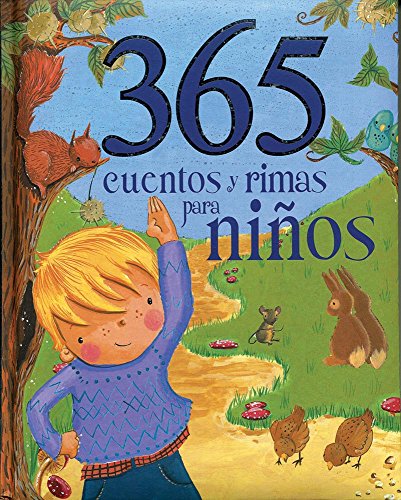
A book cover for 365 cuentos y rimas para ninos (Spanish Edition) (365 Stories Treasury); Parragon Books; Children's Books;